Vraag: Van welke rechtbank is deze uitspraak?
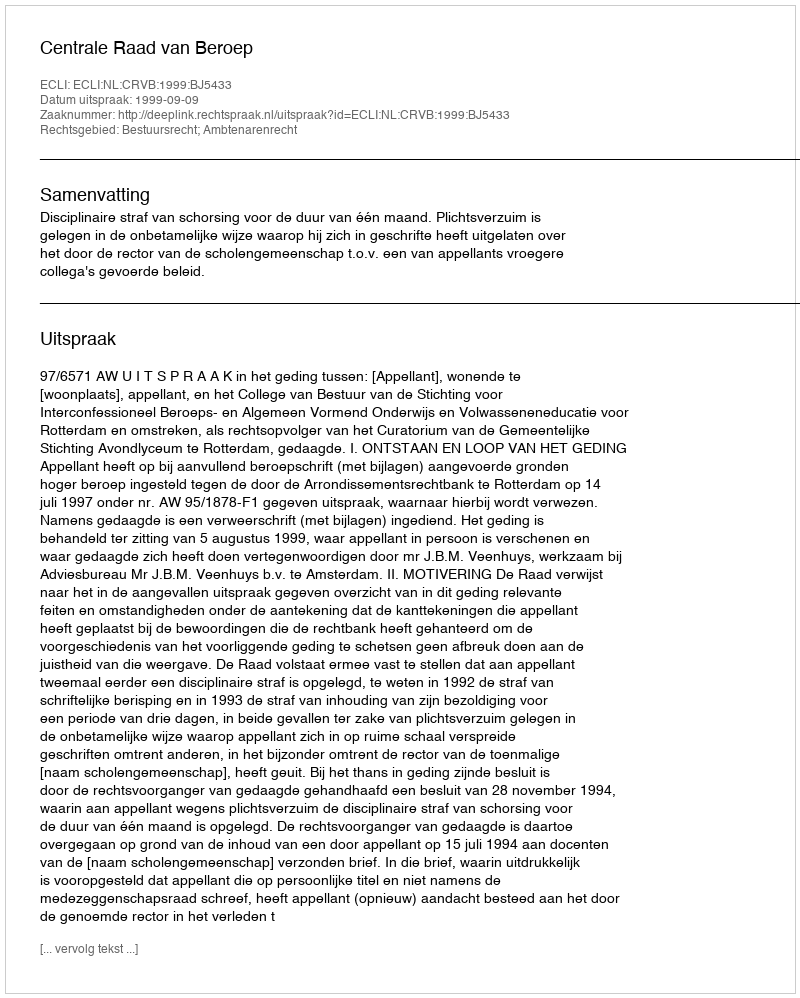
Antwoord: Centrale Raad van Beroep